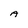
Character: A